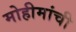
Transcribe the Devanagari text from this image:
मोहीमांची